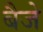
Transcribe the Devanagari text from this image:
बैजे